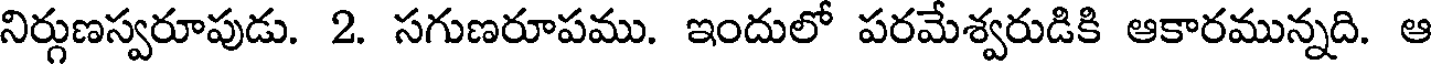
నిర్గుణస్వరూపుడు. 2. సగుణరూపము. ఇందులో పరమేశ్వరుడికి ఆకారమున్నది. ఆ